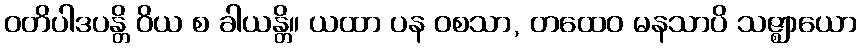
ဝတိပါဒပန္တိ ဝိယ စ ခါယန္တိ။ ယထာ ပန ဝစသာ, တထေဝ မနသာပိ သဇ္ဈာယော